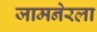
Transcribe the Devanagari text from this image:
जामनेरला